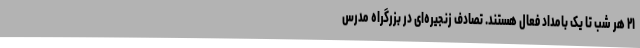
۲۱ هر شب تا یک بامداد فعال هستند. تصادف زنجیره‌ای در بزرگراه مدرس